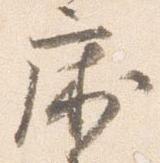
床